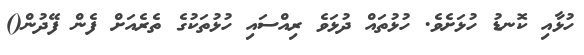
ހުޅާއި ކޮނޑު ހުޅަށެވެ. ހުޅުތައް ދުޅަވެ ރިއްސައި ހުޅުތަކުގެ ތެރެއަށް ފެން ފޭދުން()